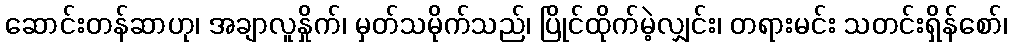
ဆောင်းတန်ဆာဟု၊ အချာလူနှိုက်၊ မှတ်သမိုက်သည်၊ ပြိုင်ထိုက်မဲ့လျှင်း၊ တရားမင်း သတင်းရှိန်စော်၊